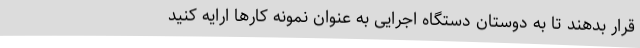
قرار بدهند تا به دوستان دستگاه اجرایی به عنوان نمونه کارها ارایه کنید